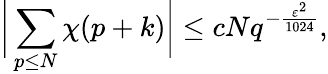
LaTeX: {\biggl|}\sum_{p\leq N}\chi(p+k){\biggr|}\leq cNq^{-{\frac{\varepsilon^{2}}{1024}}},